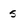
Character: s